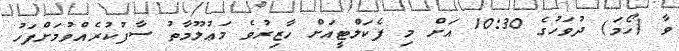
ވާ (ހޯމަ) ދުވަހުގެ 10:30 އަށް މި ފެކަލްޓީއަށް ހާޒިރުވެ މަޢުލޫމާތު ސާފުކުރެއްވުމަށްފަހު